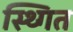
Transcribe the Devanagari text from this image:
स्थ्गित